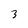
Character: 3